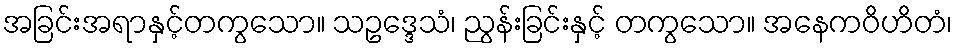
အခြင်းအရာနှင့်တကွသော။ သဥဒ္ဒေသံ၊ ညွန်းခြင်းနှင့် တကွသော။ အနေကဝိဟိတံ၊